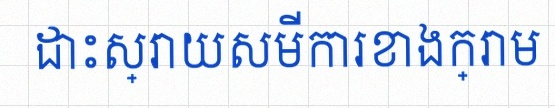
ដោះស្រាយសមីការខាងក្រោម